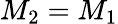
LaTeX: M_{2}=M_{1}